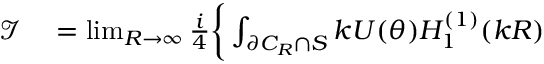
\begin{array} { r l } { \mathcal { I } } & { { } = \operatorname* { l i m } _ { R \to \infty } \frac { i } { 4 } \bigg \{ \int _ { \partial C _ { R } \cap S } k U ( \theta ) H _ { 1 } ^ { ( 1 ) } ( k R ) } \end{array}